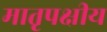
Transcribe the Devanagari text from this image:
मातृपक्षीय